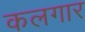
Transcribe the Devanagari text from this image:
कलगार